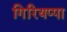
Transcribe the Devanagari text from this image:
गिरियप्पा